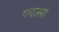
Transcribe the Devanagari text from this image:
गयासा